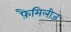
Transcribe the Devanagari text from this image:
फ़ैमिलीज